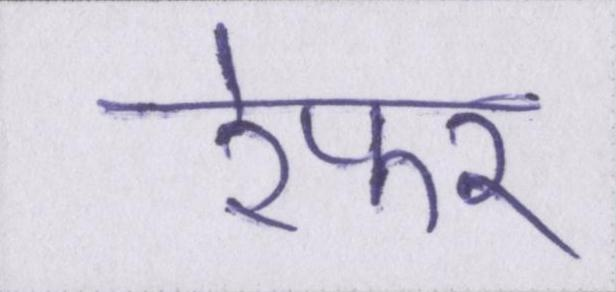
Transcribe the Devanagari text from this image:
रेफर